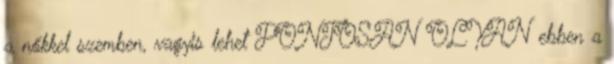
a nőkkel szemben, vagyis lehet PONTOSAN OLYAN ebben a